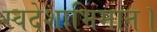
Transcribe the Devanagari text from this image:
स्वदेशाभिमान।